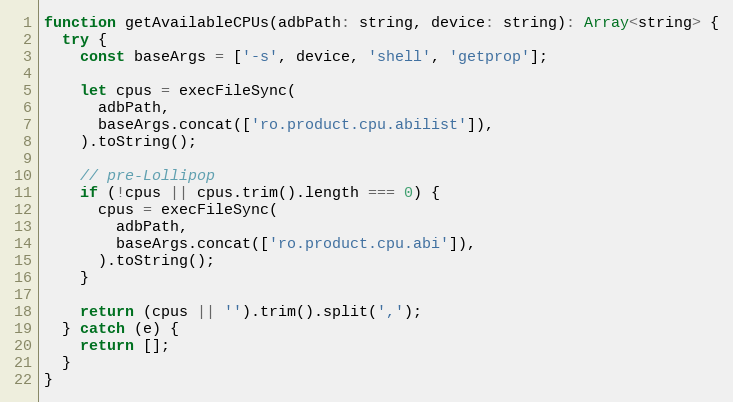
Language: JavaScript
function getAvailableCPUs(adbPath: string, device: string): Array<string> {
  try {
    const baseArgs = ['-s', device, 'shell', 'getprop'];

    let cpus = execFileSync(
      adbPath,
      baseArgs.concat(['ro.product.cpu.abilist']),
    ).toString();

    // pre-Lollipop
    if (!cpus || cpus.trim().length === 0) {
      cpus = execFileSync(
        adbPath,
        baseArgs.concat(['ro.product.cpu.abi']),
      ).toString();
    }

    return (cpus || '').trim().split(',');
  } catch (e) {
    return [];
  }
}